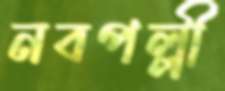
নবপল্লী